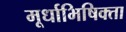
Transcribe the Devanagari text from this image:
मूर्धाभिषिक्ता